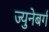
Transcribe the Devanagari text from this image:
ज्युनेबर्ग